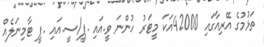
ތަޅުމުގެ އޭރިއާގައި 42000އަކަ މީޓަރު ހުންނަ ވީ.އައި .ޕީ/ސީ.އައި .ޕީ ޓާމިނަލެއް